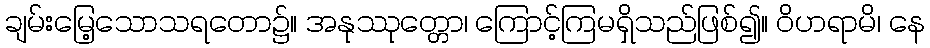
ချမ်းမြေ့သောသရတော၌။ အနုဿုတ္တော၊ ကြောင့်ကြမရှိသည်ဖြစ်၍။ ဝိဟရာမိ၊ နေ